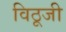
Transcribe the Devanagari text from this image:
विठूजी